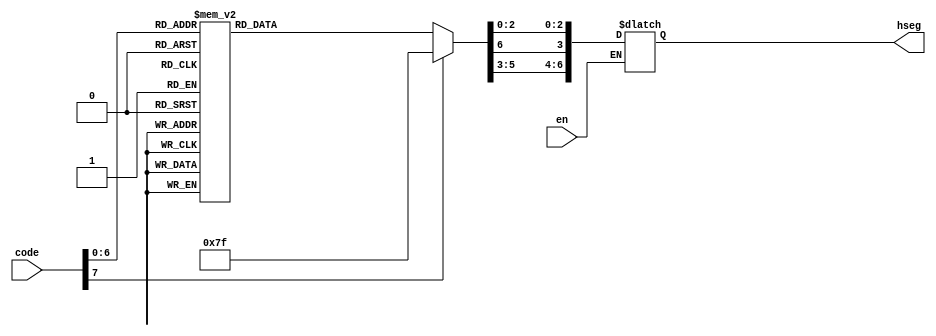
`timescale 1ps / 1ps
module ASCII_to_7seg(
    input [7:0] code,
    input en,
    output reg [6:0] hseg
);
	always @ (*) begin
        if (en) begin
            hseg = 7'd0;
            // $display("ASCIIcode %b", code);
            case (code)
                //	A
                8'h41 : hseg[3] = 1;
                //	a
                8'h61 : hseg[3] = 1;
                //	B
                8'h42 : begin hseg[0] = 1; hseg[1] = 1; end
                //	b
                8'h62 : begin hseg[0] = 1; hseg[1] = 1; end
                //	C
                8'h43 : begin hseg[1] = 1; hseg[2] = 1; hseg[6] = 1; end
                //	c
                8'h63 : begin hseg[1] = 1; hseg[2] = 1; hseg[6] = 1; end
                //	D
                8'h44 : begin hseg[0] = 1; hseg[5] = 1; end
                //	D
                8'h64 : begin hseg[0] = 1; hseg[5] = 1; end
                //	E
                8'h45 : begin hseg[1] = 1; hseg[2] = 1; end
                //	e
                8'h65 : begin hseg[1] = 1; hseg[2] = 1; end
                //	F
                8'h46 : begin hseg[1] = 1; hseg[2] = 1; hseg[3] = 1; end
                //	f
                8'h66 : begin hseg[1] = 1; hseg[2] = 1; hseg[3] = 1; end
                //	G
                8'h47 : begin hseg[4] = 1; end
                //	g
                8'h67 : begin hseg[4] = 1; end
                //	H
                8'h48 : begin hseg[0] = 1; hseg[3] = 1; end
                //	h
                8'h68 : begin hseg[0] = 1; hseg[3] = 1; end
                //	I
                8'h49 : begin hseg[4] = 1; hseg[5] = 1; end
                //	I
                8'h69 : begin hseg[4] = 1; hseg[5] = 1; end
                //	J
                8'h4A : begin hseg[0] = 1; hseg[5] = 1; hseg[6] = 1; end
                //	j
                8'h6A : begin hseg[0] = 1; hseg[5] = 1; hseg[6] = 1; end
                //	K
                8'h4B : begin hseg[0] = 1; hseg[3] = 1; end
                //	k
                8'h6B : begin hseg[0] = 1; hseg[3] = 1; end
                //	L
                8'h4C : begin hseg[0] = 1; hseg[1] = 1; hseg[2] = 1; hseg[6] = 1; end
                //	l
                8'h6C : begin hseg[0] = 1; hseg[1] = 1; hseg[2] = 1; hseg[6] = 1; end
                //	M
                8'h4D : begin hseg[1] = 1; hseg[5] = 1; hseg[3] = 1; hseg[6] = 1; end
                //	m
                8'h6D : begin hseg[1] = 1; hseg[5] = 1; hseg[3] = 1; hseg[6] = 1; end
                //	N
                8'h4E : begin hseg[0] = 1; hseg[1] = 1; hseg[3] = 1; hseg[5] = 1; end
                //	n
                8'h6E : begin hseg[0] = 1; hseg[1] = 1; hseg[3] = 1; hseg[5] = 1; end
                //	O
                8'h4F : begin hseg[6] = 1; end
                //	o
                8'h6F : begin hseg[6] = 1; end
                //	P
                8'h50 : begin hseg[2] = 1; hseg[3] = 1; end
                //	p
                8'h70 : begin hseg[2] = 1; hseg[3] = 1; end
                //	Q
                8'h51 : begin hseg[3] = 1; hseg[4] = 1; end
                //	q
                8'h71 : begin hseg[3] = 1; hseg[4] = 1; end
                //	R
                8'h52 : begin hseg[0] = 1; hseg[1] = 1; hseg[2] = 1; hseg[3] = 1; hseg[5] = 1; end
                //	r
                8'h72 : begin hseg[0] = 1; hseg[1] = 1; hseg[2] = 1; hseg[3] = 1; hseg[5] = 1; end
                //	S
                8'h53 : begin hseg[1] = 1; hseg[4] = 1; end
                //	s
                8'h73 : begin hseg[1] = 1; hseg[4] = 1; end
                //	T
                8'h54 : begin hseg[0] = 1; hseg[1] = 1; hseg[2] = 1; end
                //	t
                8'h74 : begin hseg[0] = 1; hseg[1] = 1; hseg[2] = 1; end
                //	U
                8'h55 : begin hseg[0] = 1; hseg[6] = 1; end
                //	u
                8'h75 : begin hseg[0] = 1; hseg[6] = 1; end
                //	V
                8'h56 : begin hseg[0] = 1; hseg[1] = 1; hseg[5] = 1; hseg[6] = 1; end
                //	v
                8'h76 : begin hseg[0] = 1; hseg[1] = 1; hseg[5] = 1; hseg[6] = 1; end
                //	W
                8'h57 : begin hseg[0] = 1; hseg[2] = 1; hseg[4] = 1; hseg[6] = 1; end
                //	w
                8'h77 : begin hseg[0] = 1; hseg[2] = 1; hseg[4] = 1; hseg[6] = 1; end
                //	X
                8'h58 : begin hseg[0] = 1; hseg[3] = 1; end
                //	x
                8'h78 : begin hseg[0] = 1; hseg[3] = 1; end
                //	Y
                8'h59 : begin hseg[0] = 1; hseg[4] = 1; end
                //	y
                8'h79 : begin hseg[0] = 1; hseg[4] = 1; end
                //	Z
                8'h5A : begin hseg[2] = 1; hseg[5] = 1; end
                //	z
                8'h7A : begin hseg[2] = 1; hseg[5] = 1; end
                //	0
                8'h30 : hseg[6] = 1;
                //	1
                8'h31 : begin hseg[0] = 1; hseg[3] = 1; hseg[4] = 1; hseg[5] = 1; hseg[6] = 1; end
                //	2
                8'h32 : begin hseg[2] = 1; hseg[5] =1 ; end
                //	3
                8'h33 : begin hseg[4] = 1; hseg[5] = 1; end
                //	4
                8'h34 : begin hseg[0] = 1; hseg[3] = 1; hseg[4] = 1; end
                //	5
                8'h35 : begin hseg[1] = 1; hseg[4] = 1; end
                //	6
                8'h36 : hseg[1] = 1;
                //	7
                8'h37 : begin hseg[3] = 1; hseg[4] = 1; hseg[5] = 1; hseg[6] = 1; end
                //	8
                8'h38 : hseg = 7'b0000000;
                //	9
                8'h39 : hseg[4] = 1;
                //	turn all the bits off by default
                default: hseg = 7'b1111111;
            endcase
            // $display("HexSegment %b", hseg);
        end
	end
endmodule